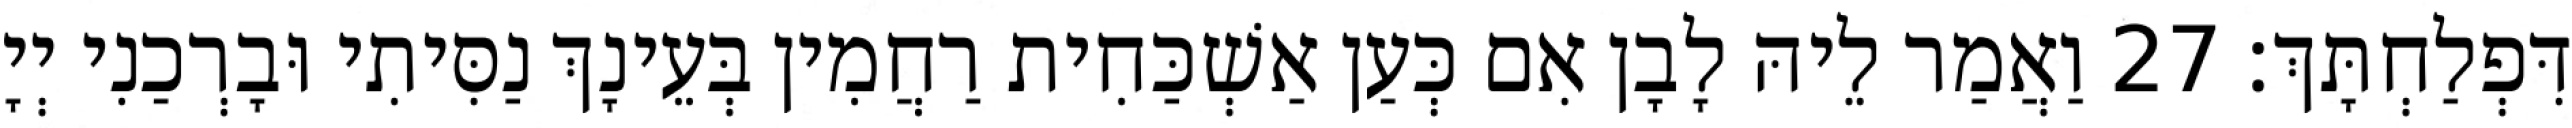
דִּפְלַחְתָּךְ׃ 27 וַאֲמַר לֵיהּ לָבָן אִם כְּעַן אַשְׁכַּחִית רַחֲמִין בְּעֵינָךְ נַסִּיתִי וּבָרְכַנִי יְיָ